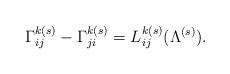
LaTeX: \begin{align*}\Gamma^{k(s)}_{ij}-\Gamma^{k(s)}_{ji}= L^{k(s)}_{ij}(\Lambda^{(s)}).\end{align*}